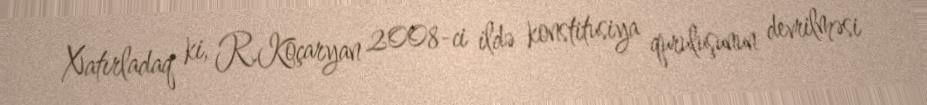
Xatırladaq ki, R.Koçaryan 2008-ci ildə konstitusiya quruluşunun devrilməsi